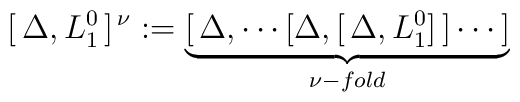
[\, \Delta , L^0_1\, ]^{\,\nu} := \underbrace{ [\, \Delta ,\cdots   [\Delta , [\, \Delta , L^0_1 ]\, ]\cdots \,]}_{\nu - fold}